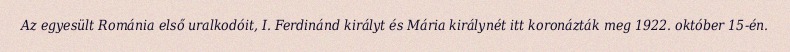
Az egyesült Románia első uralkodóit, I. Ferdinánd királyt és Mária királynét itt koronázták meg 1922. október 15-én.